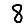
Digit: 8